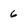
Character: 6